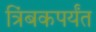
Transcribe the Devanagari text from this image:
त्रिंबकपर्यंत